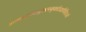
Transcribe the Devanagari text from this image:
जन्ममृत्युजरादुःखान्मुक्‍तोऽद्यापिविराजते